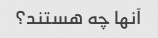
آنها چه هستند؟